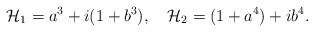
\begin{align*}{\cal H}_1=a^3+i(1+b^3),\quad {\cal H}_2=(1+a^4)+ib^4.\end{align*}